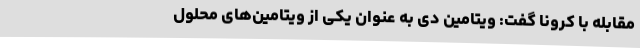
مقابله با کرونا گفت: ویتامین دی به عنوان یکی از ویتامین‌های محلول